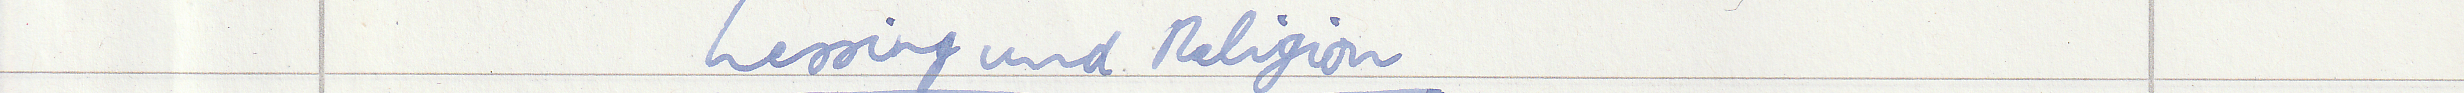
Lessing und Religion